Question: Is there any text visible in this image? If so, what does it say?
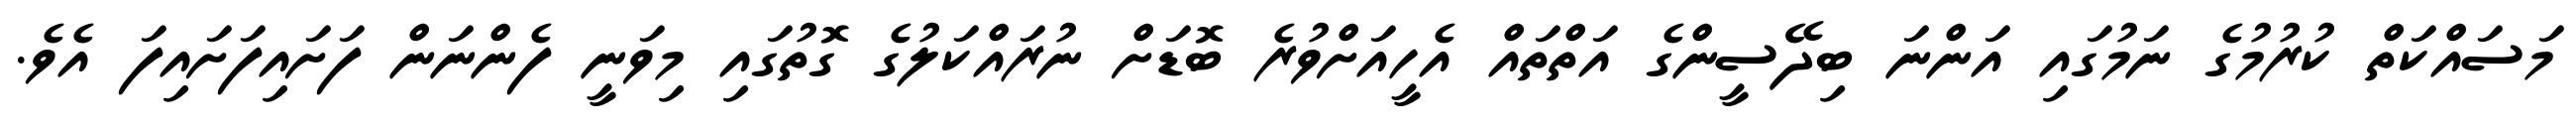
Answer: މަސައްކަތް ކުރުމުގެ ނަމުގައި އަންނަ ބިދޭސީންގެ އަތްތައް އެހީއަށްވުރެ ބޮޑަށް ނުރައްކަލުގެ ގޮތުގައި މިވަނީ ފެންނަން ފަށައިފަށައިފަ އެވެ.